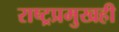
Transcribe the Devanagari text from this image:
राष्ट्रप्रमुखही